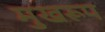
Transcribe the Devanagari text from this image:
मुखरूप